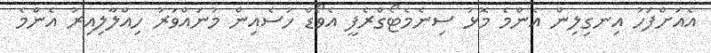
އެއަށްފަހު އިނގިލިން އެންމެ މޮޅު ސިނެމެޓޯގްރެފީ އެވޯޑް ހުސެއިން މުނައްވަރު ހިއްލާލިއިރު އެންމެ